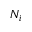
N _ { i }